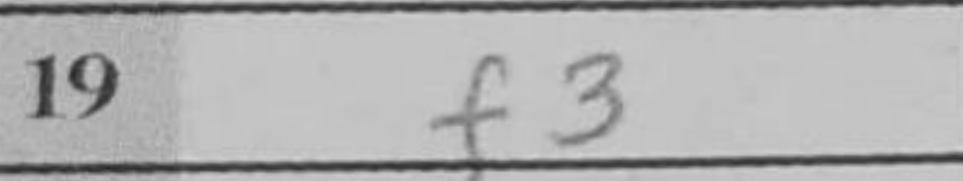
Transcription: f3